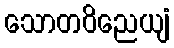
သောတဝိညေယျံ